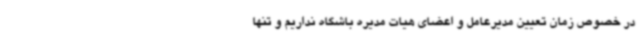
در خصوص زمان تعیین مدیرعامل و اعضای هیات مدیره باشگاه نداریم و تنها